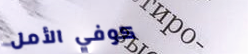
كوفي الأمل